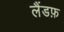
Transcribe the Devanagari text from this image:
लैंडफ़